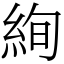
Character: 絢